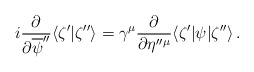
\begin{align*}i\frac{\partial }{\partial \overline{\psi}''}\langle \zeta' |\zeta''\rangle=\gamma^{\mu}\frac{\partial }{\partial \eta''{}^{\mu}}\langle\zeta'|\psi|\zeta'' \rangle\,.\end{align*}